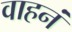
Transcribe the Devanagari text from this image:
वाहनं